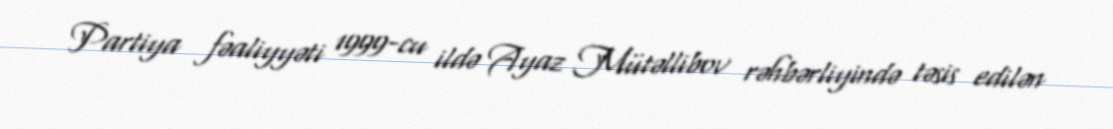
Partiya fəaliyyəti 1999-cu ildə Ayaz Mütəllibov rəhbərliyində təsis edilən